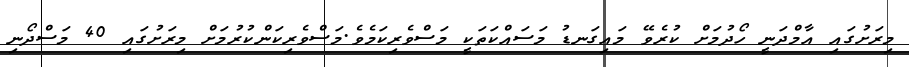
މިރަށުގައި އާމްދަނީ ހޯދުމަށް ކުރެވޭ މައިގަނޑު މަސައްކަތަކީ މަސްވެރިކަމެވެ.މަސްވެރިކަންކުރުމަށް މިރަށުގައި 40 މަސްދޯނި